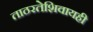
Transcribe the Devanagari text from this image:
ताठरतेशिवायही